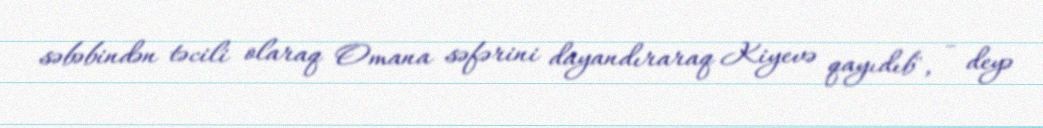
səbəbindən təcili olaraq Omana səfərini dayandıraraq Kiyevə qayıdıb", - deyə